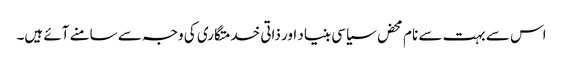
اس سے بہت سے نام محض سیاسی بنیاد اور ذاتی خدمتگاری کی وجہ سے سامنے آئے ہیں۔